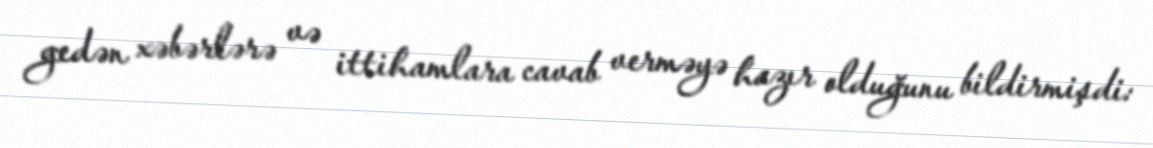
gedən xəbərlərə və ittihamlara cavab verməyə hazır olduğunu bildirmişdi: